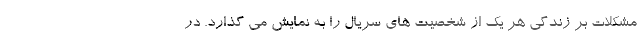
مشکلات بر زندگی هر یک از شخصیت های سریال را به نمایش می گذارد. در